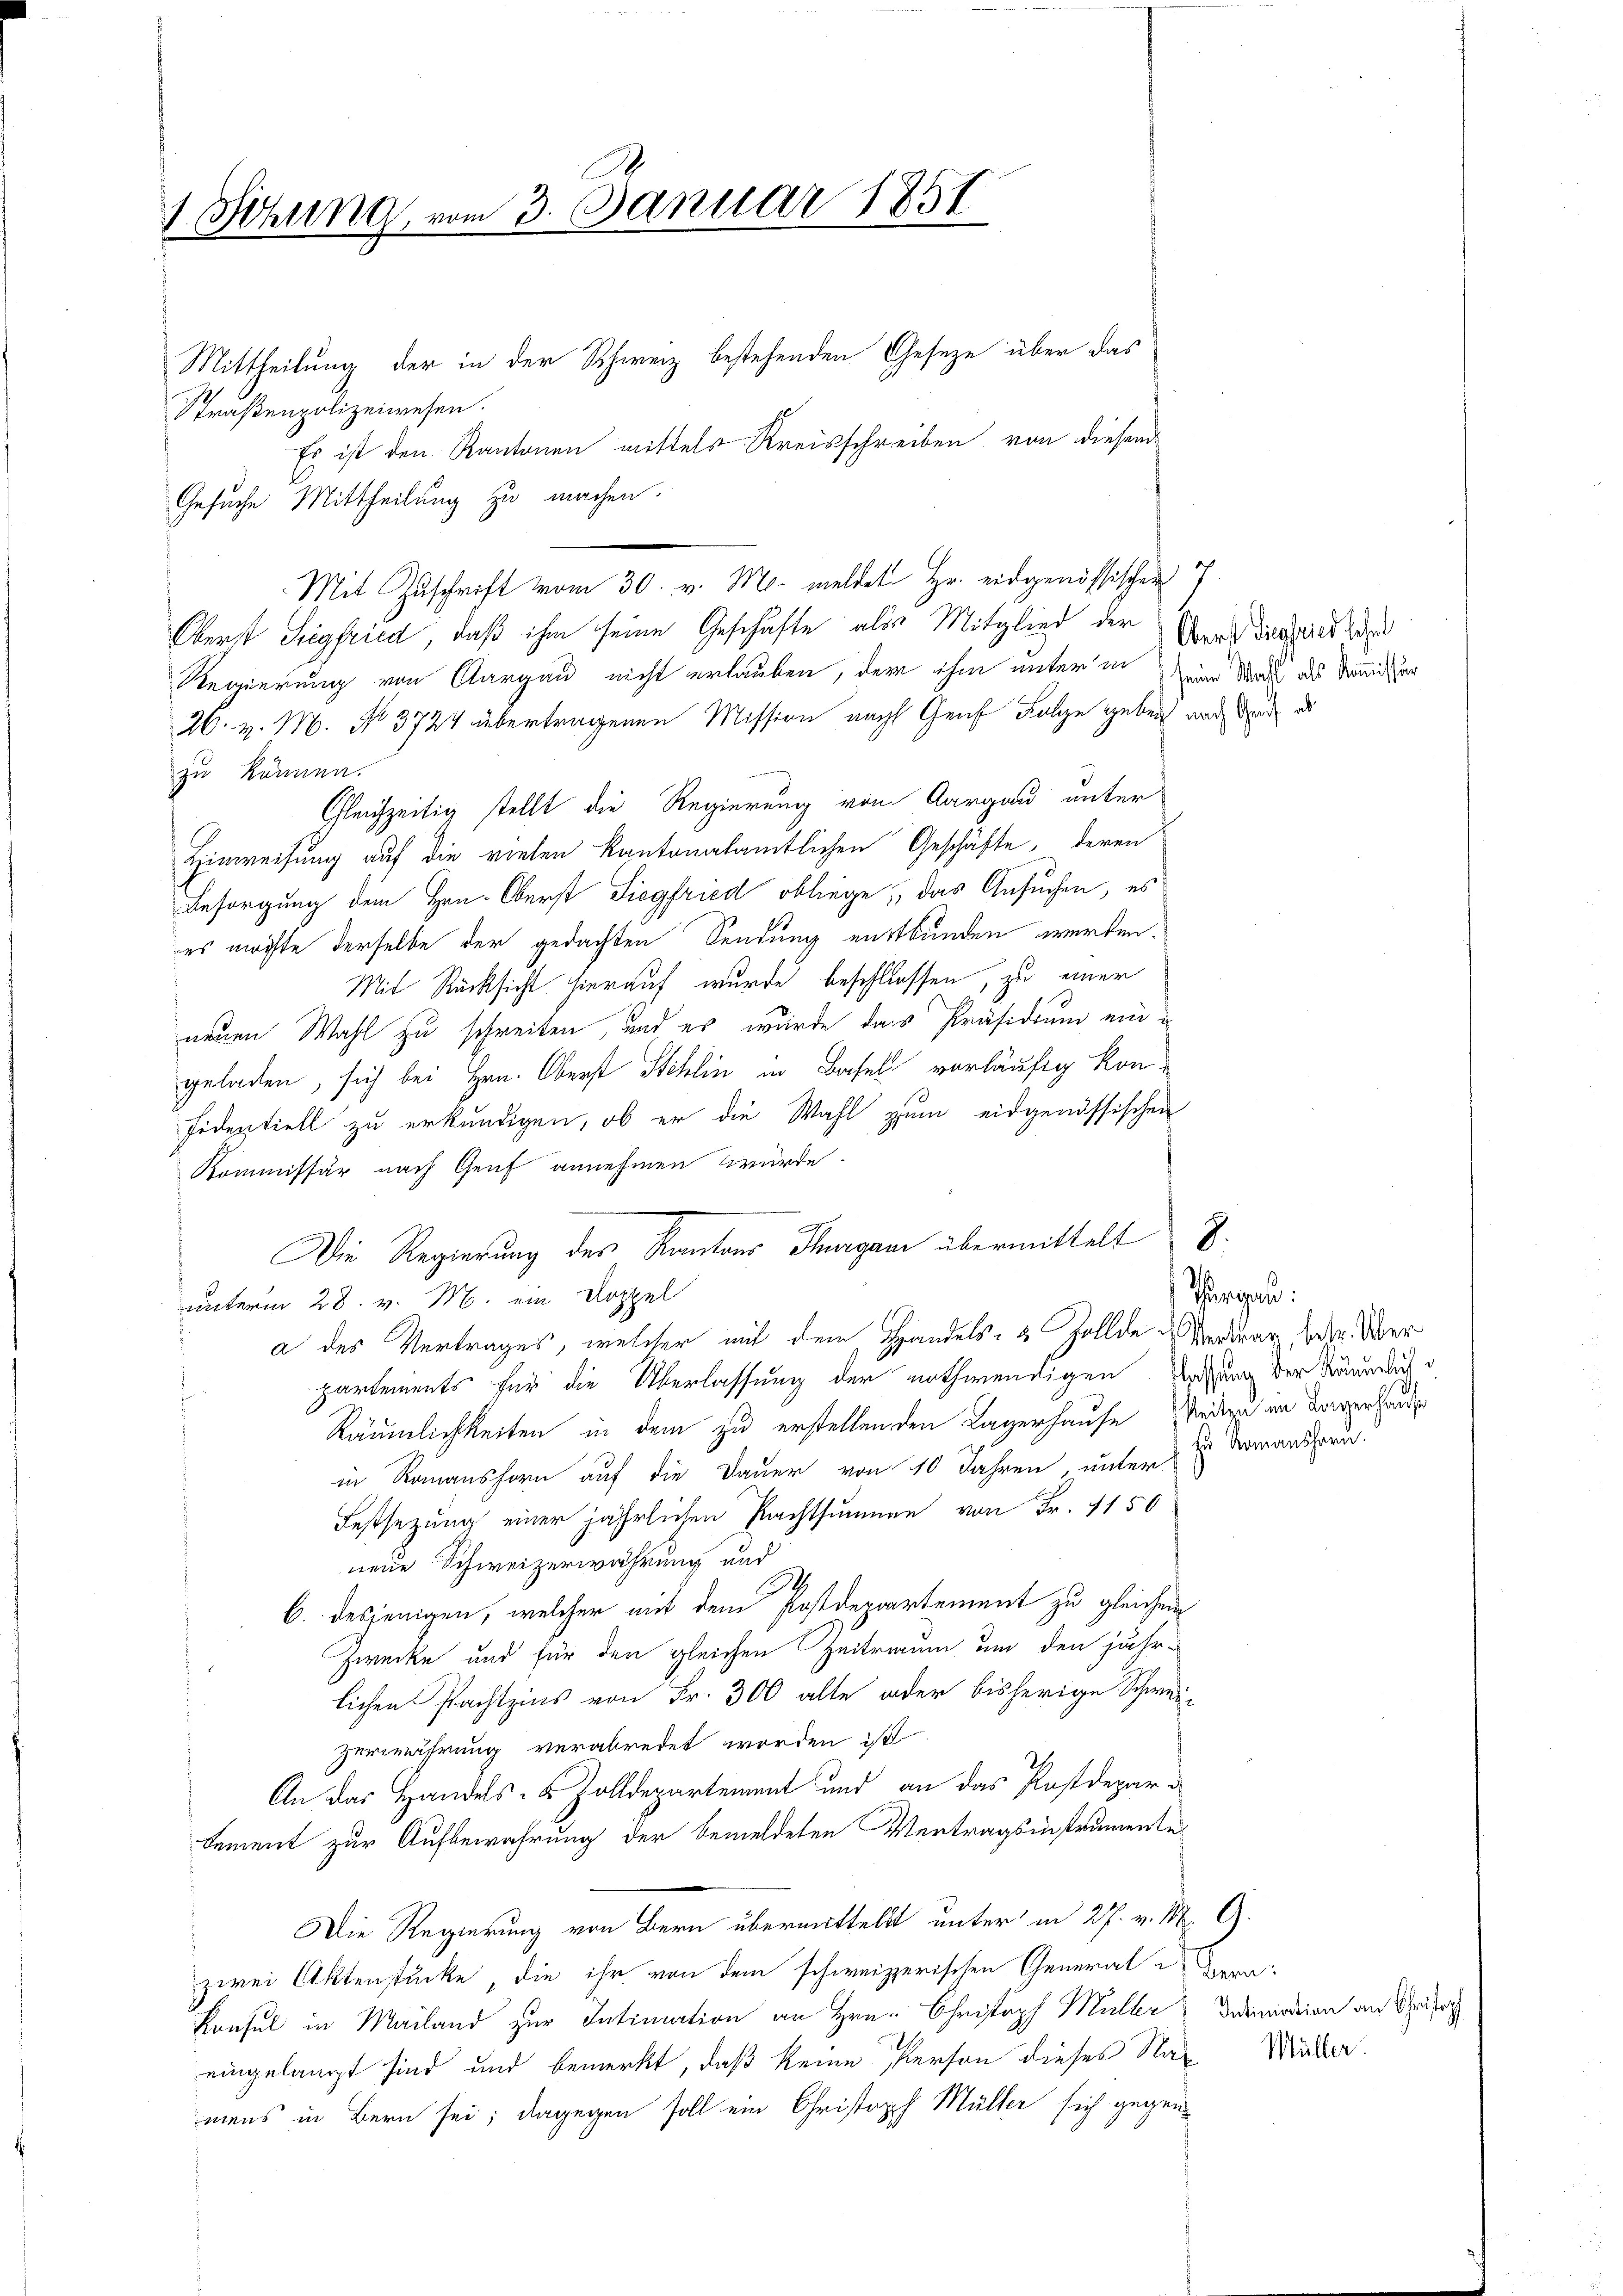
1 Sitzung vom 3. Januar 1851

Mittheilung der in der Schweiz bestehenden Gesetze über das
Straßenpolizeiwesen.
Es ist den Kantonen mittels Kreisschreiben von diesem
Gesuche Mittheilung zu machen.
Mit Zuschrift vom 30. v. M. meldet Hr. eidgenössischen 7.
Oberst Siegfried, daß ihm seine Geschäfte als Mitglied der Ende daraus des
Regierung von Aargau nicht erlauben, der ihm unter in eine Stadt aus Sanitur
26. v. M. No 3724 übertragenen Mission nach Genf Folge geben nach der d
zu können.
Gleichzeitig stellt die Regierung von Aargau unter
Hinweisung auf die vielen kantonalamtlichen Geschäfte, deren
Besorgung dem Hrn. Oberst Siegfried obliege, das Ansuchen, es
es möchte derselbe der gedachten Sendung entbunden werden.
Mit Rücksicht hierauf wurde beschlossen, zu einer
neuen Wahl zu schreiben, und es wurde das Präsidium eingeladen, sich bei Hrn. Oberst Schlin in Basel vorläufig kon¬
Fidentiell zu erkundigen, ob er die Wahl zum eidgenössischen
Kommissär nach Genf annehmen würde.
Die Regierung des Kantons Thurgane übermittelt 8
unterm 28. v. M. ein Doppel
a des Vertrages, welcher mit dem Handels- & Zollde Verdar betr. Über
partements für die Überlassung der nothwendigen Satzung der Räumlich d
Räumlichkeiten in dem zu erstellenden Lagerhause Rede im Lagerhand
in Romanshorn auf die Dauer von 10 Jahren, unter
Festsezung einer jährlichen Pachtsummen von Fr. 1150
neue Schweizerwahrung und
.
6. desjenigen, welcher mit dem Postdepartement zu gleichem
Zwecke und für den gleichen Zeitraum um den jähr-
lichen Pachtzins von Fr. 300 alle oder bisherige Schwei-
zerwährung verabredet worden ist
An das Handels- & Zolldepartement und an das Postdepara
sement zur Aufbewahrung der bemeldeten Vertragsinstrumente¬
Die Regierung von Bern übermittelst unter in 27. v. M. G.
zwei Aktenstücke, die ihr von dem schweizerischen General - Bera
Konsul in Mailand zur Intimation an Hrn. Christoph Müller Dramation an Späs
eingelangt sind und bemerkt, daß keine Person dieses Na- Wider.
mens in Bern sei; dagegen soll ein Christoph Müller sich gegen¬

Thurgau.
s Romanshorn.